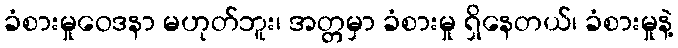
ခံစားမှုဝေဒနာ မဟုတ်ဘူး၊ အတ္တမှာ ခံစားမှု ရှိနေတယ်၊ ခံစားမှုနဲ့